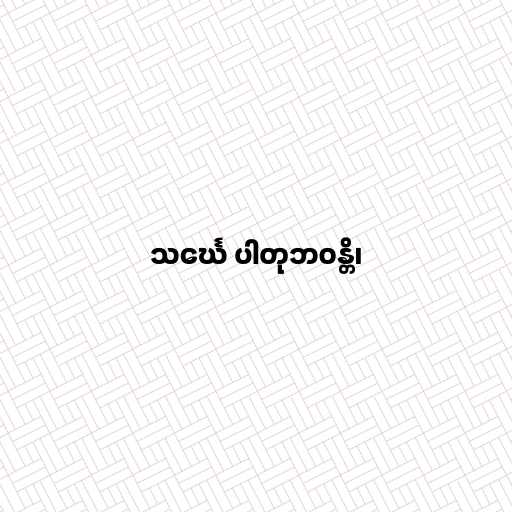
သင်္ဃေ ပါတုဘဝန္တိ၊